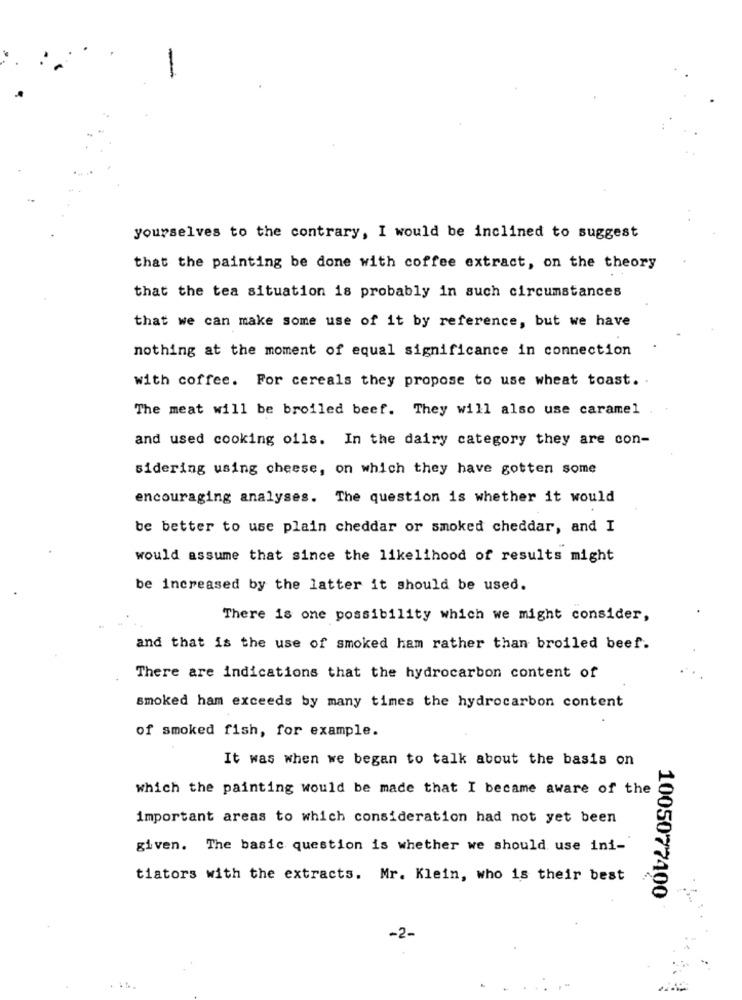
-
yourselves to the contrary, I would be inclined to suggest
that the painting be done with coffee extract, on the theory
that the tea situation is probably in such circumstances
that we can make some use of it by reference, but we have
nothing at the moment of equal significance in connection
with coffee. For cereals they propose to use wheat toast. .
The meat will be broiled beef. They will also use caramel
and used cooking oils. In the dairy category they are con-
sidering using cheese, on which they have gotten some
encouraging analyses. The question is whether it would
be better to use plain cheddar or smoked cheddar, and I
would assume that since the likelihood of results might
be increased by the latter it should be used.
There is one possibility which we might consider,
and that is the use of smoked ham rather than broiled beef.
There are indications that the hydrocarbon content of
smoked ham exceeds by many times the hydrocarbon content
of smoked fish, for example.
It was when we began to talk about the basis on
which the painting would be made that I became aware of the
important areas to which consideration had not yet been
given. The basic question is whether we should use ini-
tiators with the extracts. Mr. Klein, who is their best
1005077400
-2-